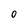
Character: 0